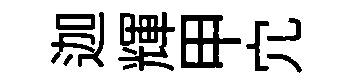
迦輝甲宂